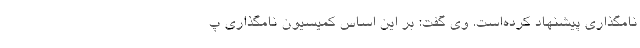
نامگذاری پیشنهاد کرده‌است. وی گفت: بر این اساس کمیسیون نامگذاری پ